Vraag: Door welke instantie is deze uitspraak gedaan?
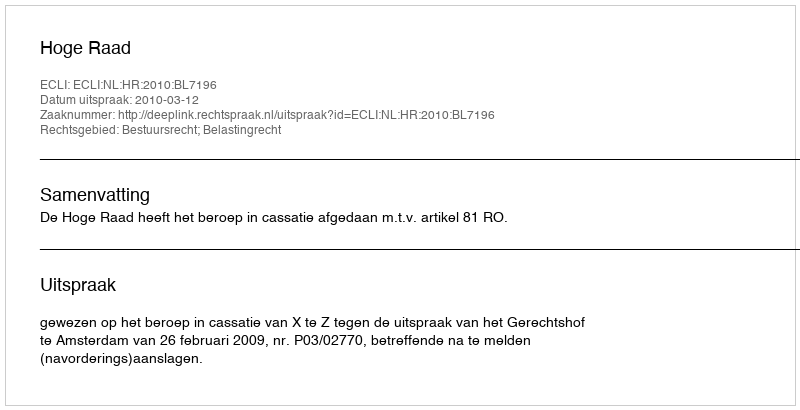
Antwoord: Hoge Raad